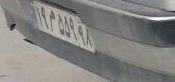
۱۹م۵۵۹۹۸